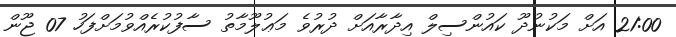
21:00 އަށް މަކުނުދޫ ކައުންސިލް އިދާރާއަށް ދުރުވެ މަޢުލޫމާތު ސާފުކުރެއްވުމަށްފަހު 07 ޖޫން